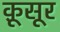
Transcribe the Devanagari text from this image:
क़ूसूर